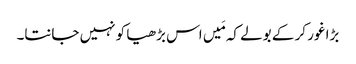
بڑا غور کر کے بولے کہ مَیں اس بڑھیا کو نہیں جانتا۔